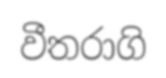
වීතරාගි